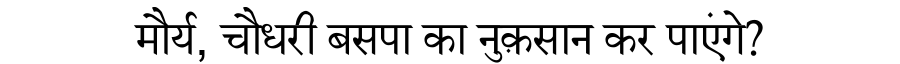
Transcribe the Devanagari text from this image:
मौर्य, चौधरी बसपा का नुक़सान कर पाएंगे?